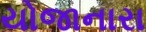
યોજાનારા